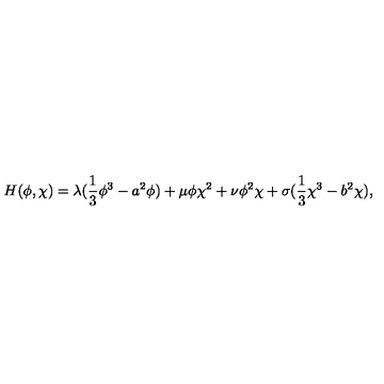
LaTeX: H ( \phi , \chi ) = \lambda ( \frac { 1 } { 3 } \phi ^ { 3 } - a ^ { 2 } \phi ) + \mu \phi \chi ^ { 2 } + \nu \phi ^ { 2 } \chi + \sigma ( \frac { 1 } { 3 } \chi ^ { 3 } - b ^ { 2 } \chi ) ,